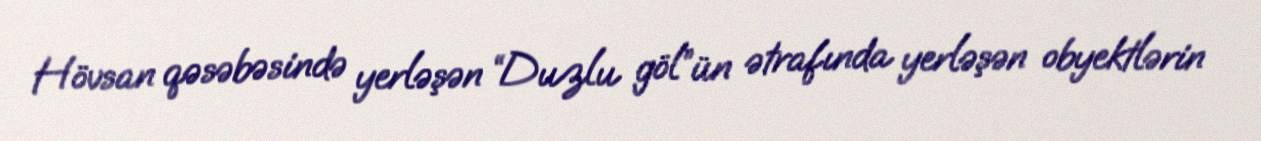
Hövsan qəsəbəsində yerləşən “Duzlu göl”ün ətrafında yerləşən obyektlərin